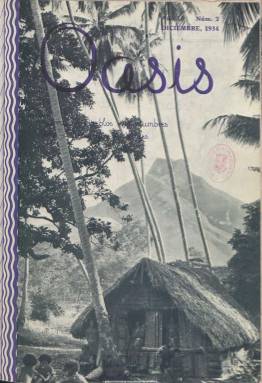
Título: Oasis (Madrid)
Colección: Revistas turísticas y de viajes
Ámbito geográfico: Madrid
Lugar de publicación: Madrid
Fechas: 01/11/1934-31/01/1936

Revista mensual con el subtítulo “tierras, pueblos, costumbres, arte, geografía, viajes”, que inicia su andadura en noviembre de 1934, con artículos y reportajes sobre lugares singulares, tanto por su valor arquitectónico y artístico, como paisajístico, natural y costumbrista, no sólo de numerosas ciudades, pueblos y zonas españolas, sino de otras de Europa, África, Asia o América, dirigida a un público viajero, de alto poder adquisitivo y fácil acceso a la práctica turística moderna, dando entrada también a artículos de viajes, interesada por los hallazgos arqueológicos y con secciones propias de Turismo, de Bibliografía sobre viajes, Consultorio geográfico y Relación cronológica de cruceros de turismo.

Publicación ilustrada, con entregas que superan generosamente el medio centenar de páginas, con textos acompañados de una profusión de fotografías en blanco y negro, aunque gran número de ellas sin mención de autoria, de vistas aéreas o parciales, panorámicas, ciudades, edificios y lugares naturales, paisajísticos, pintorescos y singulares, de tipos o costumbres. Sus inserciones publicitarias se refieren también al comercio e industria turística (comunicaciones marítimas y terrestres o establecimientos hoteleros). Inserta también un directorio de hoteles de Madrid. El último número de la colección es el 15, correspondiente a enero de 1936.

Fue fundada y dirigida por Vicente Olmo y Silverio de la Torre. Entre sus colaboradores y trabajos publicados se encuentran los de F. Hernández Pacheco (El territorio de Ifni), F. Reparaz (Una ascensión más a la Jungfrau), C. Sarthou (Játiba romántica), L. García Sáinz (Una expedición a las fuentes del Esera), E. Fornet (Marruecos, bereber y cosmopolita), F.A. Loayza (Indios boras), F. Santamaría (El Monasterio de Fresdelval), Ignacio Bauer (El país de los mil lagos), J. Delgado Ubeda (La caza del lobo en Valdeón), Francisco Andrada (Islas Pityusas), Erns Boerschman (Pagodas), F. Layna Serrano (Viejas ciudades de España: Cáceres), Maqués de Santa María del Villar (Ríos del Pirineo español); Alfredo Serrano (Panorama de Berlín), V. Salas (En el África Ecuatorial Francesa: ocho días en Fort-Archambault), Julio Garrido (Lituania), Eduardo de Ontañón (Siones, la iglesia románica más completa) o A. Choffat Bertrana (De la lejana Polinesia). Otros reportajes sin firmar llevan los títulos de Misterios y realidades de las poblaciones del Sáhara, o Captura y domesticación del elefante en el Congo belga.